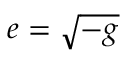
e = \sqrt { - g }